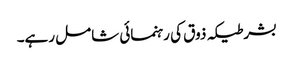
بشرطیکہ ذوق کی رہنمائی شامل رہے۔